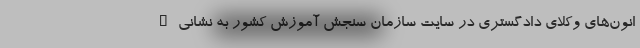
انون‌های وکلای دادگستری در سایت سازمان سنجش آموزش کشور به نشانی h